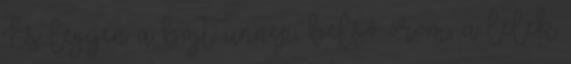
És legyen a böjt ünnep, belső öröm, a lélek